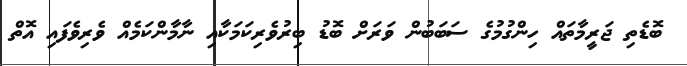
ބޮޑެތި ޖަރީމާތައް ހިންގުމުގެ ސަބަބުން ވަރަށް ބޮޑު ބިރުވެރިކަމަކާއި ނާމާންކަމެއް ވެރިވެފައި އޮތް